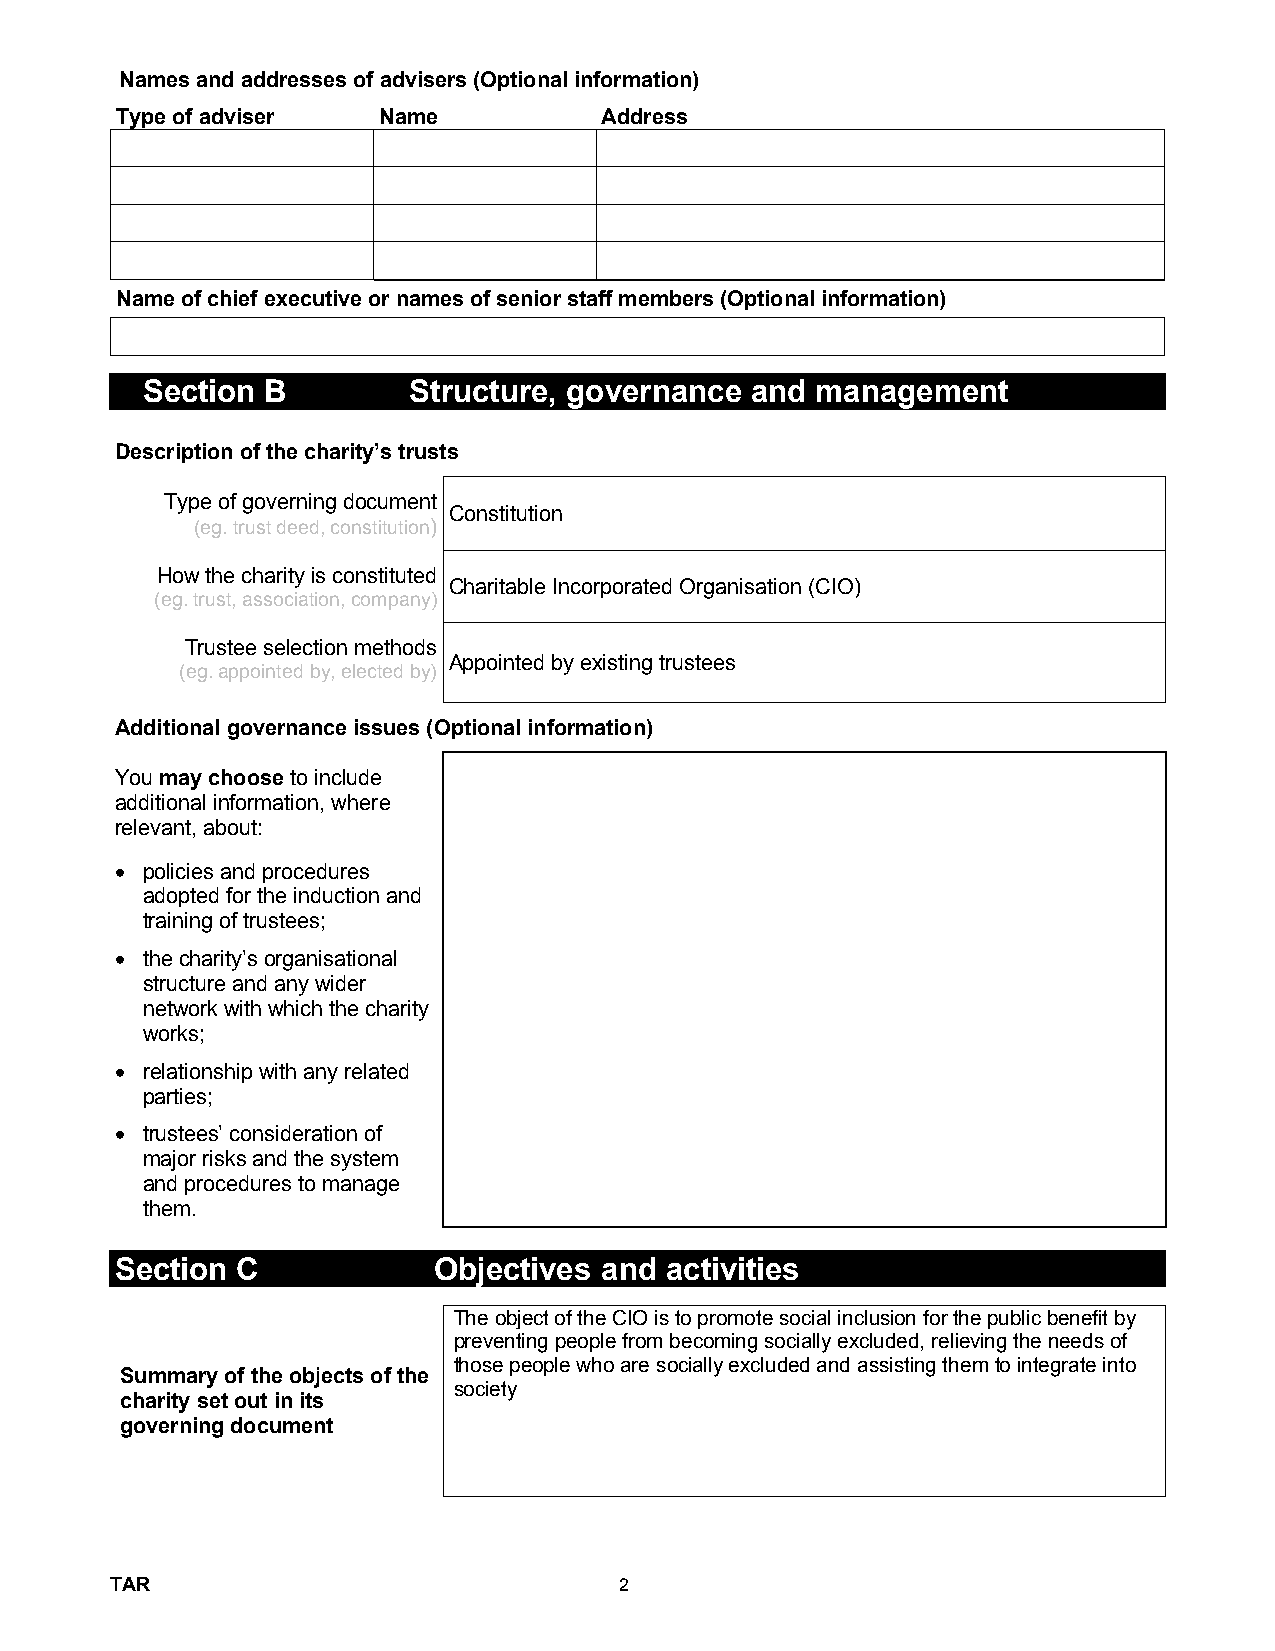
Names and addresses of advisers (Optional information)
 Type of adviser  Name           Address
 Name of chief executive or names of senior staff members (Optional information)
 Section  B        Structure, governance  and management
 Description of the charity(cid:146)s trusts
 Type of governing document
 Constitution
 (eg. trust deed, constitution)
 How the charity is constituted
 Charitable Incorporated Organisation (CIO)
 (eg. trust, association, company)
 Trustee selection methods
 Appointed by existing trustees
 (eg. appointed by, elected by)
 Additional governance issues (Optional information)
 You may choose to include
 additional information, where
 relevant, about:
 • policies and procedures
 adopted for the induction and
 training of trustees;
 • the charity(cid:146)s organisational
 structure and any wider
 network with which the charity
 works;
 • relationship with any related
 parties;
 • trustees(cid:146) consideration of
 major risks and the system
 and procedures to manage
 them.
 Section C            Objectives and activities
 The object of the CIO is to promote social inclusion for the public benefit by
 preventing people from becoming socially excluded, relieving the needs of
 those people who are socially excluded and assisting them to integrate into
 Summary of the objects of the
 society
 charity set out in its
 governing document
 TAR                               2